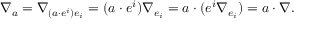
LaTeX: \nabla _ { a } = \nabla _ { ( a \cdot e ^ { i } ) e _ { i } } = ( a \cdot e ^ { i } ) \nabla _ { e _ { i } } = a \cdot ( e ^ { i } \nabla _ { e _ { i } } ) = a \cdot \nabla .